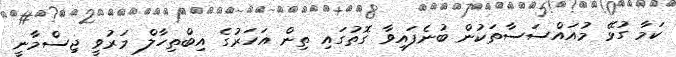
ކަމާ ގުޅޭ މުއައްސަސާތަކުން ބުނެފައިވާ ގޮތުގައި ތިން އަހަރުގެ އިބްތިހާލް މަރުވީ ޖިސްމާނީ